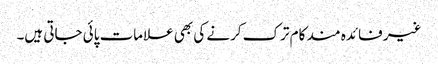
غیر فائدہ مند کام ترک کرنے کی بھی علامات پائی جاتی ہیں۔